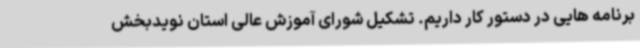
برنامه هایی در دستور کار داریم. تشکیل شورای آموزش عالی استان نویدبخش